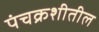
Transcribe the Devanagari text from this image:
पंचक्रशीतील